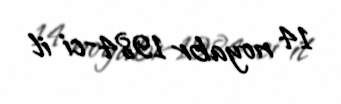
14 noyabr 1984-ci il